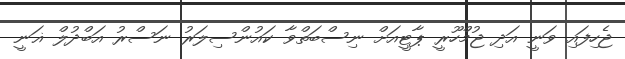
ޖެހިފައި ވަނީ އަދި ޖުމްހޫރީ ޕާޓީއަށް ނިސްބަތްވާ ކައުންސިލަރު ނަސްރު އަބްދުލް ޣަނީ